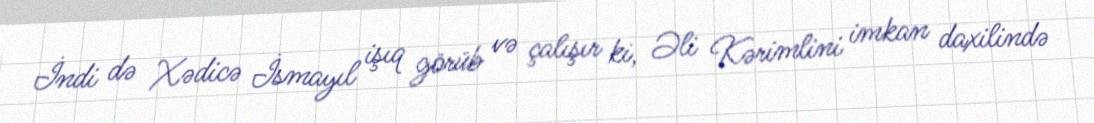
İndi də Xədicə İsmayıl işıq görüb və çalışır ki, Əli Kərimlini imkan daxilində